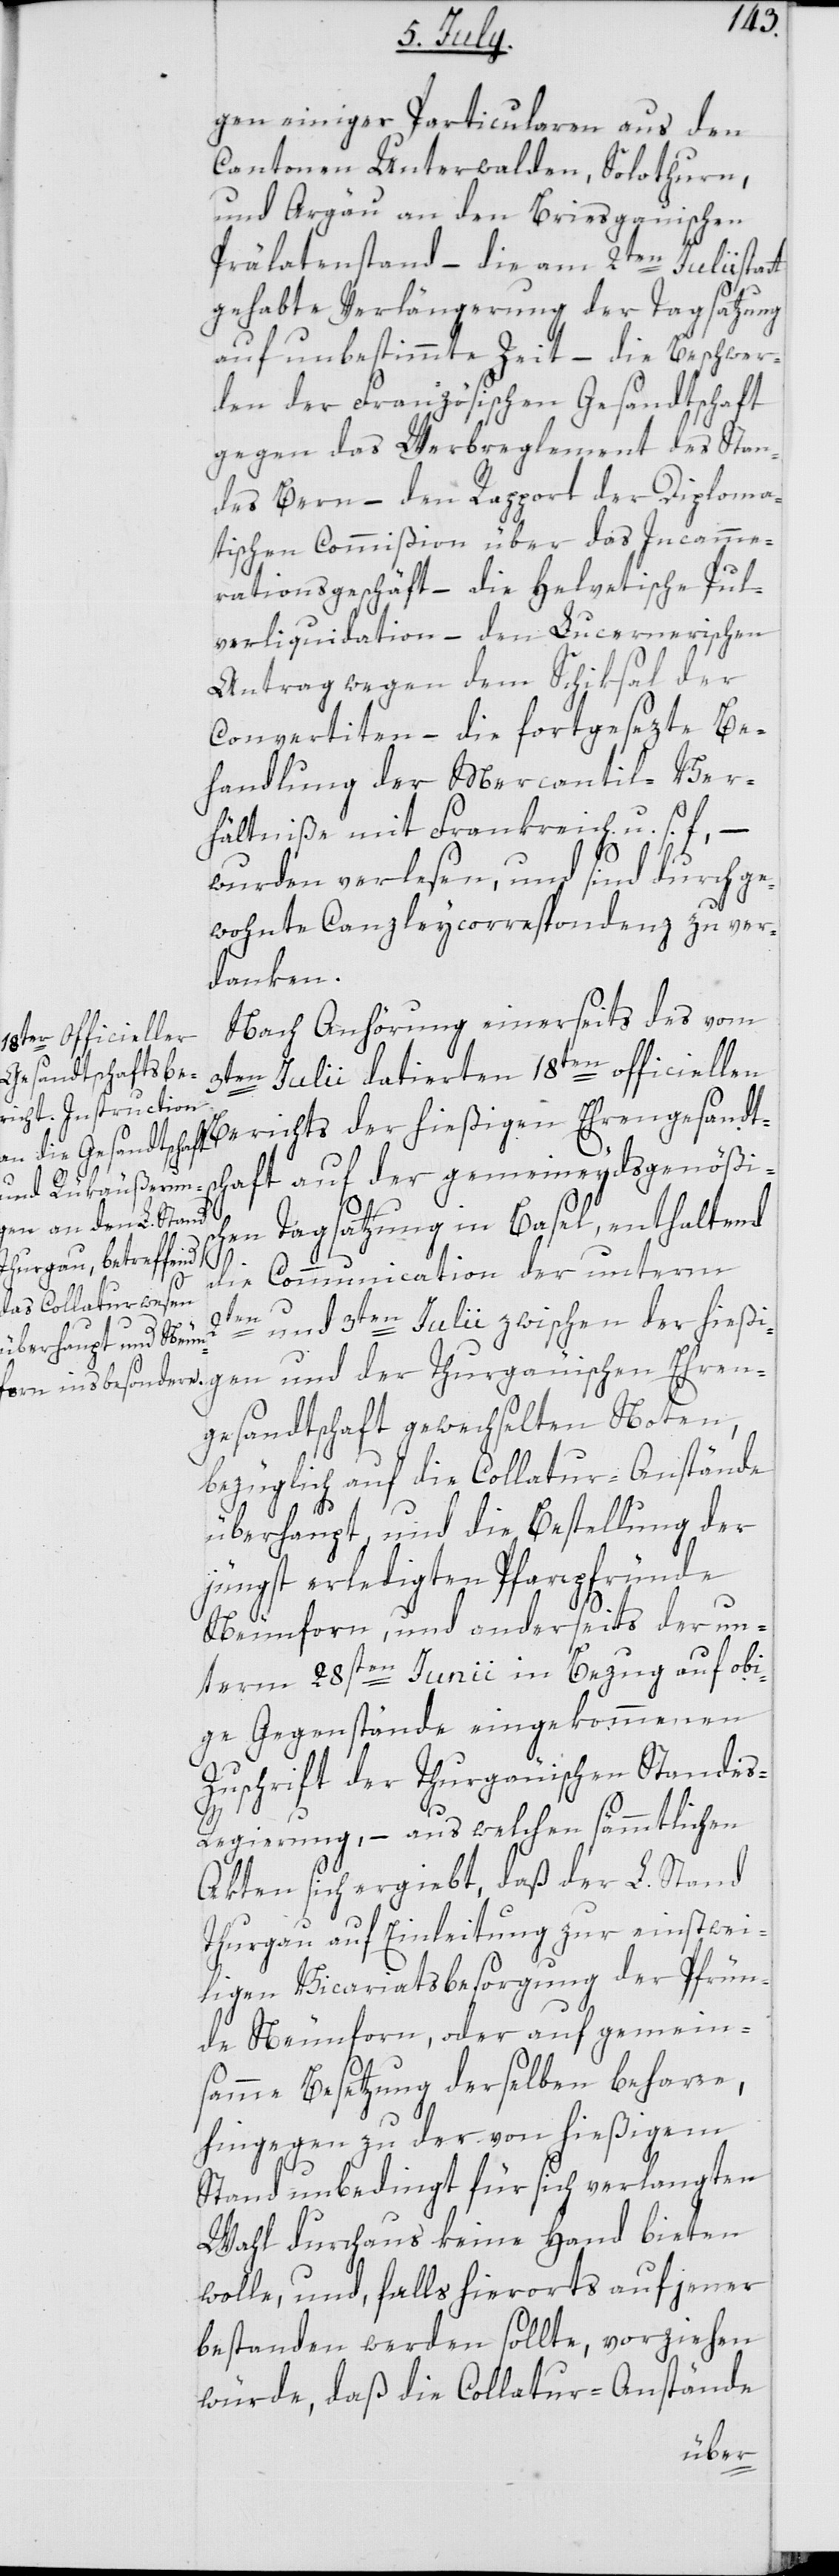
gen einiger Particularen aus den
Cantonen Unterwalden, Solothurn,
und Argäu an den Breisgauischen
Prälatenstand, – die am 2ten Julii stat¬
tgehabte Verlängerung der Tagsatzung
auf unbestimmte Zeit – die Beschwer¬
den der Französischen Gesandtschaft
gegen das Werbreglement des Stan¬
des Bern, – den Rapport der Diploma¬
tischen Commißion über das Incamme¬
rationsgeschäft, – die Helvetische Pul¬
verliquidation, – den Lucernerischen
Antrag wegen dem Schiksal der
Convertiten, – die fortgesezte Be¬
handlung der Mercantil-Ver¬
hältniße mit Frankreich, u. s. f., –
n¬
Ehre¬
wurden verlesen, und sind durch ge¬
wohnte Canzleycorrespondenz zu ver¬
danken.
Nach Anhörung einerseits des vom
3ten Julii datierten 18ten officiellen
Berichts der hießigen Ehrengesandts¬
chaft auf der gemeineydsgenößis¬
chen Tagsatzung in Basel, enthaltend
die Communication der unterm
2ten und 3ten Julii zwischen der hießi¬
gesandtschaft gewechselten Noten,
bezüglich auf die Collatur-Anstände
überhaupt, und die Bestellung der
jüngst erledigten Pfarrpfründe
Neunforn, und anderseits der un¬
term 28sten Junii in Bezug auf obi¬
ge Gegenstände eingekommenen
Zuschrift der Thurgäuischen Standes-R¬
egierung, – aus welchen sämmtlichen
Akten sich ergiebt, daß der L. Stand
Thurgau auf Einleitung zur einstwei¬
ligen Vicariatsbesorgung der Pfrün¬
de Neunforn, oder auf gemein¬
samme Besetzung derselben beharre,
hingegen zu der von hießigem
Stand unbedingt für sich verlangten
Wahl durchaus keine Hand bieten
wolle, und, falls hierorts auf jener
bestanden werden sollte, vorziehen
würde, daß die Collatur-Anstände